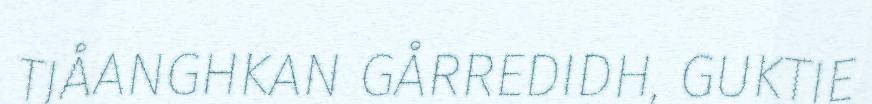
TJÅANGHKAN GÅRREDIDH, GUKTIE